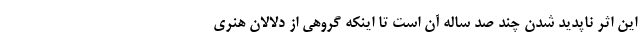
این اثر ناپدید شدن چند صد ساله آن است تا اینکه گروهی از دلالان هنری